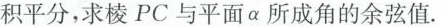
积平分，求棱PC与平面\alpha所成角的余弦值。